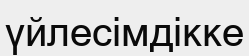
үйлесімдікке